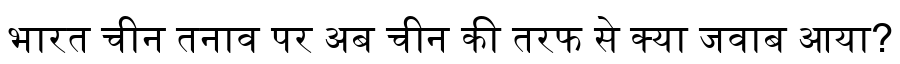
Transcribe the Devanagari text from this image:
भारत चीन तनाव पर अब चीन की तरफ से क्या जवाब आया?